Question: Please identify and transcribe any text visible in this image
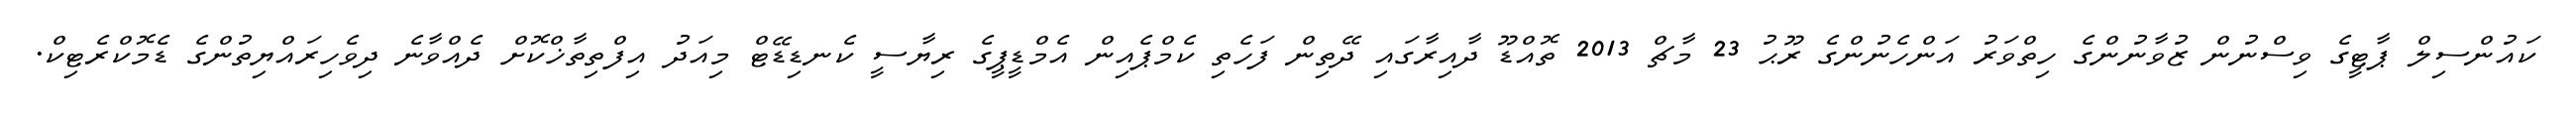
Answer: ކައުންސިލް ޕާޓީގެ ވިސްނުން ޒުވާނުންގެ ހިތްވަރު އަންހެނުންގެ ރޫޙު 23 މާޗް 2013 ތޮއްޑޫ ދާއިރާގައި ދޭތިން ފަހެތި ކެމްޕެއިން އެމްޑީޕީގެ ރިޔާސީ ކެނޑިޑޭޓް މިއަދު އިފްތިތާޚްކޮށް ދެއްވާނެ ދިވެހިރައްޔިތުންގެ ޑެމޮކްރެޓިކް.